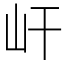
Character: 屽